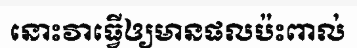
នោះវាធ្វើឲ្យមានផលប៉ះពាល់